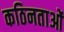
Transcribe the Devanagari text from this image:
कठिनताओं